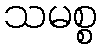
သမစ္စ